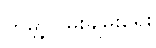
ကမ္ဘာ့ငြိမ်းချမ်းရေး